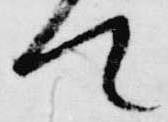
て